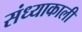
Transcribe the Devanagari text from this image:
संध्याकाली